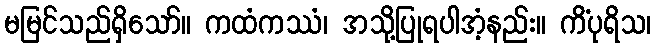
မမြင်သည်ရှိသော်။ ကထံကဿံ၊ အသို့ပြုရပါအံ့နည်း။ ကိံပုရိသ၊